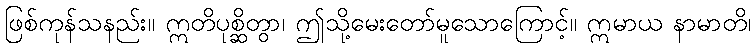
ဖြစ်ကုန်သနည်း။ ဣတိပုစ္ဆိတွာ၊ ဤသို့မေးတော်မူသောကြောင့်။ ဣမာယ နာမာတိ၊